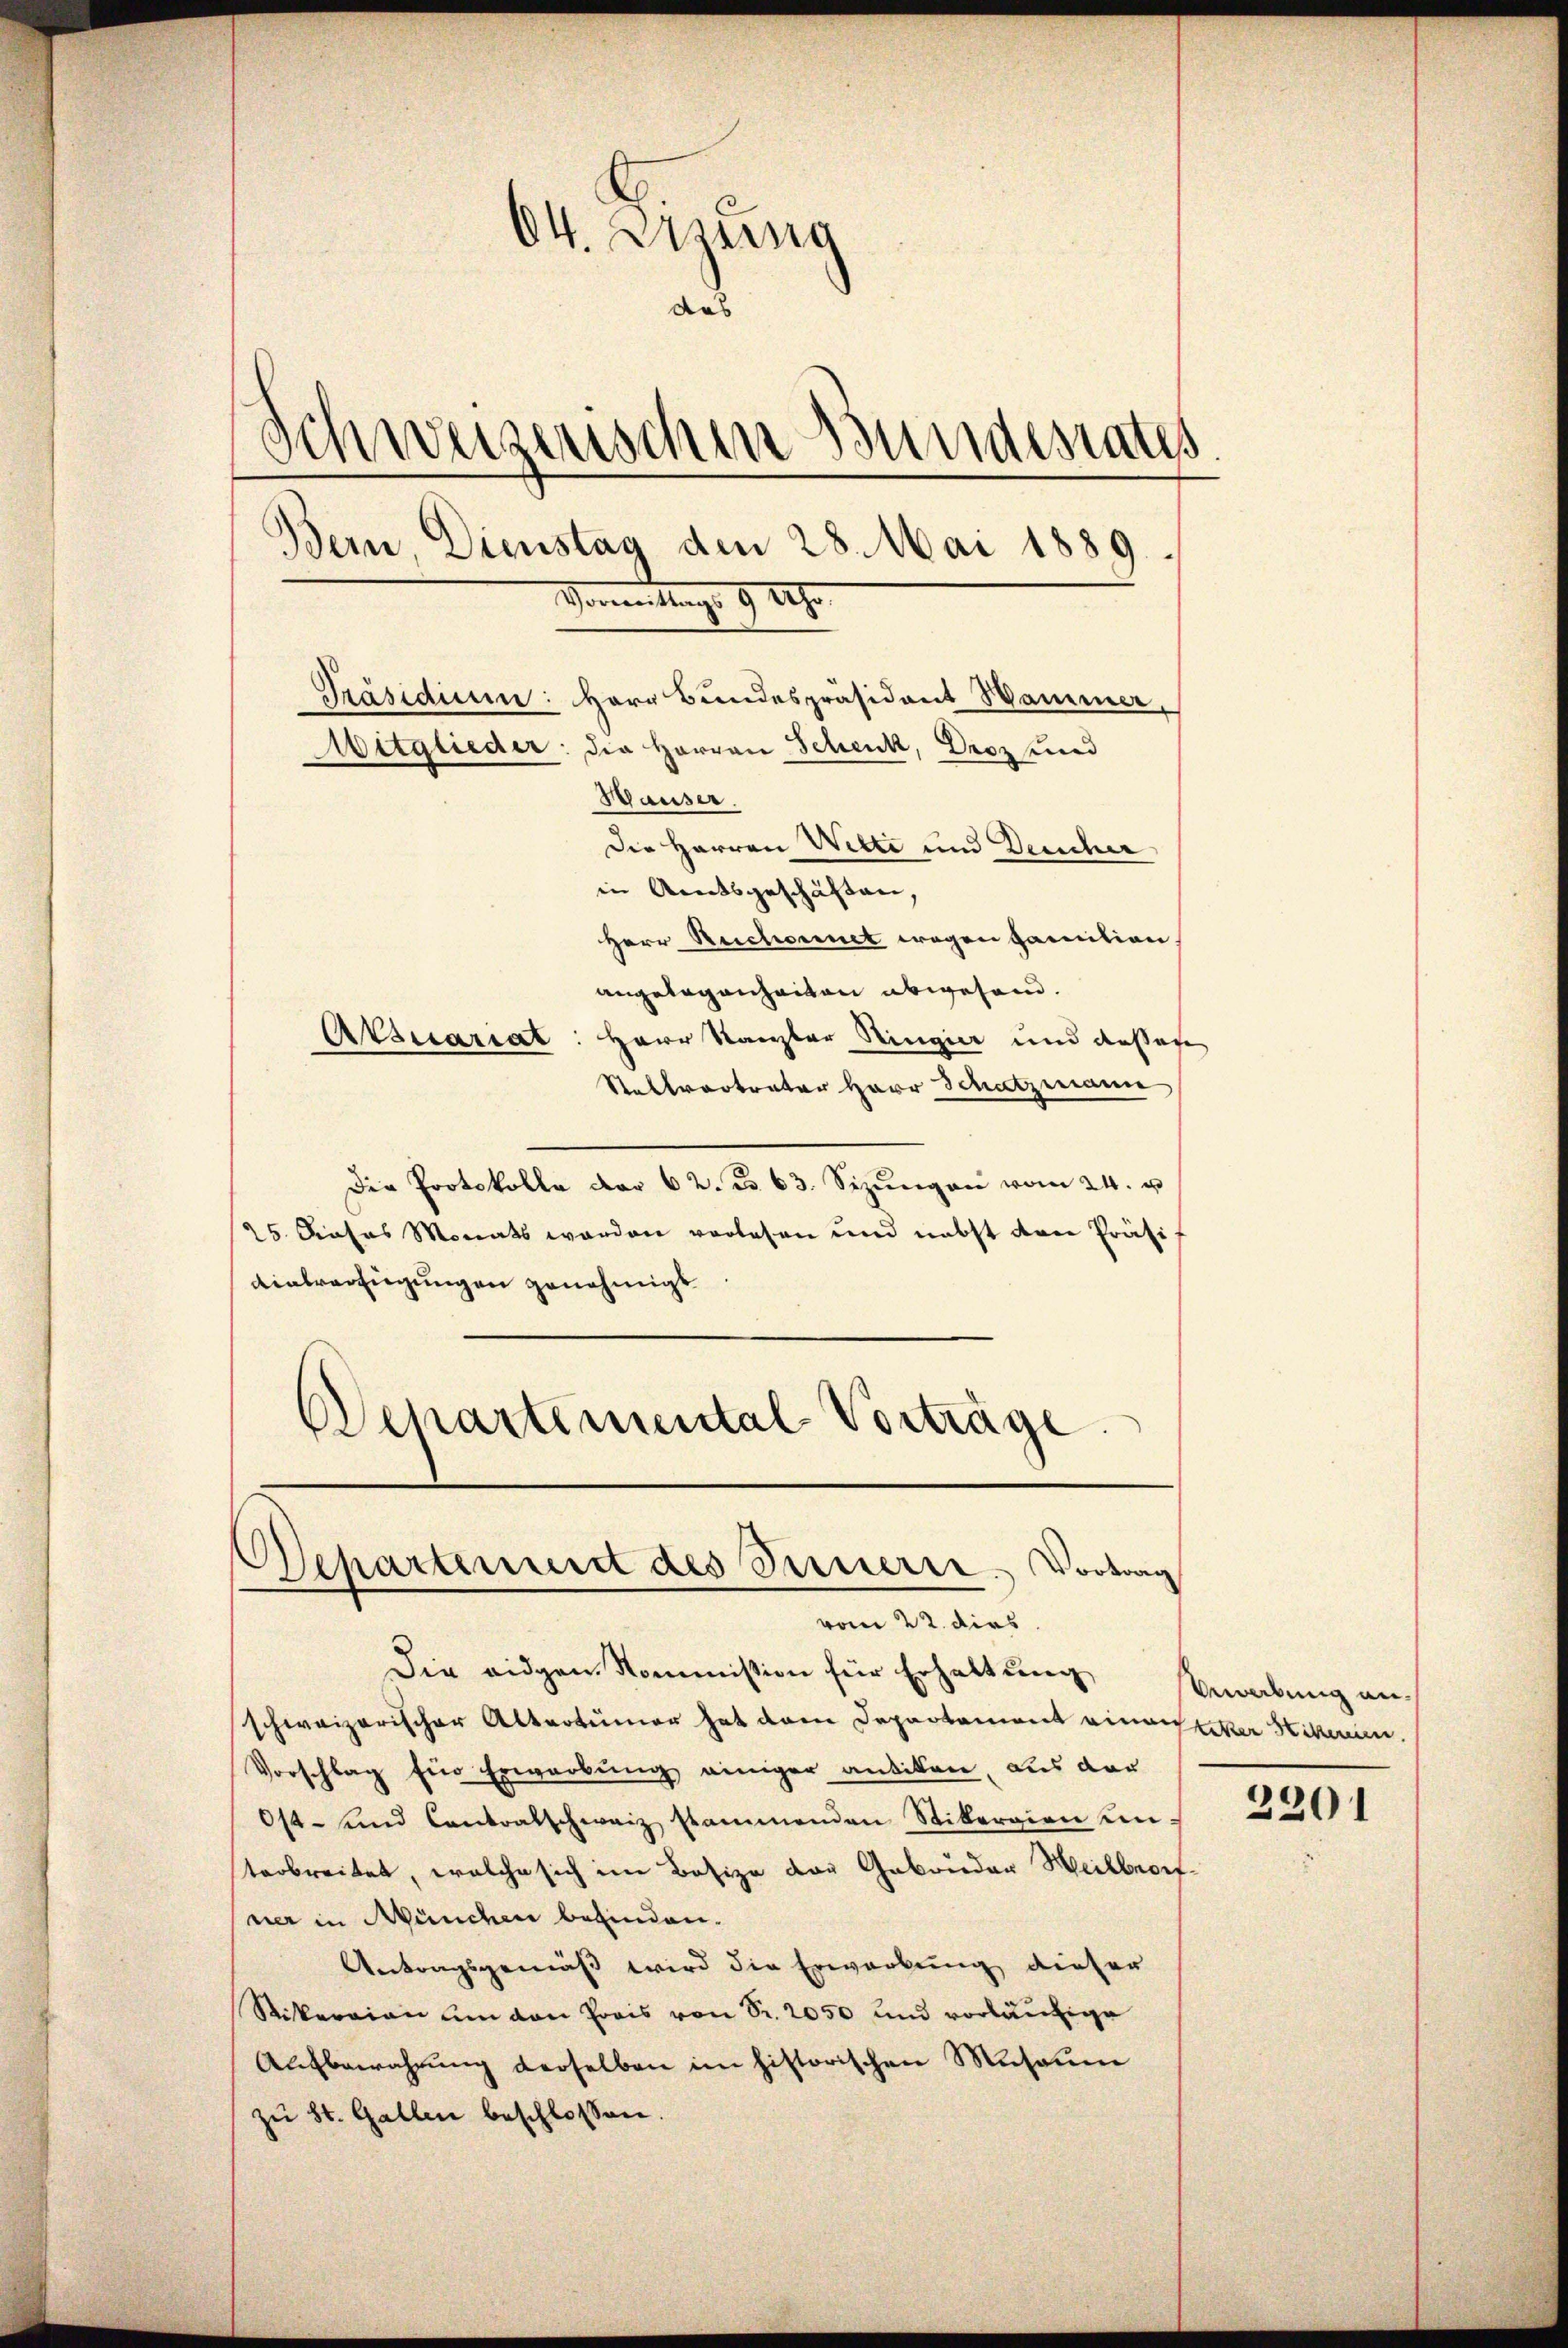
64. Errung
das
Schweizerischen Bundesrates
Bern, Dienstag den 28. Mai 1889.
Vormittags 9 Uhr

Häuser.
Die Herren Wilte und Deucher
in Amtsgeschäften,
Herr Reichornet wegen Familien.
angelegenheiten abwesend.
Atsuariat: Herr Kanzler Ringier und desses
Stellvertreter Herr Schatzmann
Der Protokolle der 62. B. 63. Sizŭngen vom 24. u.
25 Prosas Monats werden vorlesen und nebst den Präsi
Uinterfügungen genehmigt.
Departemental Vorträge.

Präsidium: Herr Bundespräsident Wammer,
Mitglieder: die Herren Schenk, Droz und

Departement des Innerer Vortrag
vom 22. dies

Die eidgen. Kommission für Erhaltung
schweizerischer Altertümer hat dem Departement einerlitter Stikerin
Vorschlag für Erwerbung einiger antiken, aus der
Ost- und Contralschweiz stammenden Stibergien untarbreitet, welche sich im Besize der Gabruder Heilbrof
ner in Münden befinden.
Antragsgemäß wird die Erwartung dieser
Rikarian um von Preis von Sr. 2050 und vorläufige
Aufbewahrung derselben im historischen Museum
zŭ St. Gallen beschlossen.

Vergabung an¬
2201